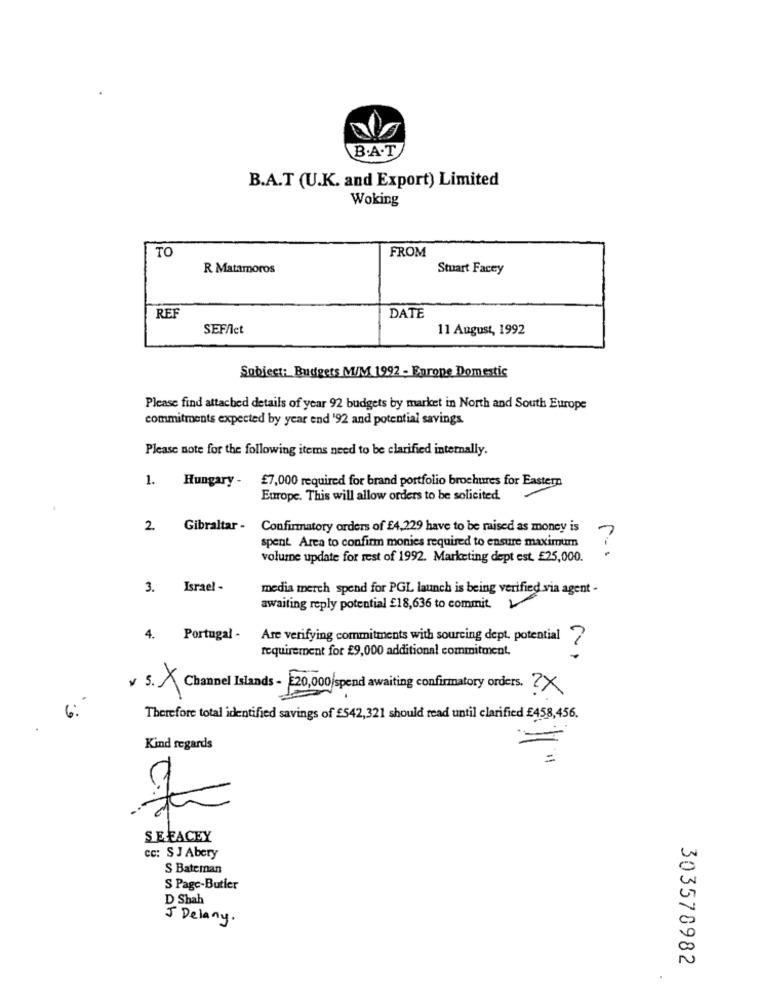
B.A.T
B.A.T (U.K. and Export) Limited
Woking
TO
FROM
R Matamoros
Stuart Facey
REF
DATE
SEFAIct
11 August, 1992
Subject: Budgets M/M 1992 - Enrone Domestic
Please find attached details of year 92 budgets by market in North and South Europe
commitments expected by year end '92 and potential savings
Please note for the following items need to be clarified internally.
1. Hungary -
£7,000 required for brand portfolio brochures for Eastern
Europe. This will allow orders to be solicited.
2
Gibraltar -
Confirmatory orders of £4,229 have to be raised as money is
spent Area to confirm monies required to ensure maximum
?
volume update for rest of 1992. Marketing dept est. £25,000.
3. Israel -
media merch spend for PGL launch is being verified via agent -
awaiting reply potential £18,636 to commit.
Portugal -
Are verifying commitments with sourcing dept. potential ?
requirement for £9,000 additional commitment.
v 5. × Channel Islands- 20,000/spend awaiting confirmatory orders. 2×
Therefore total identified savings of £542,321 should read until clarified £458,456.
Kind regards
SEFACEY
cc: S J Abery
S Bateman
S Page-Butler
D Shah
J Delany .
303578982